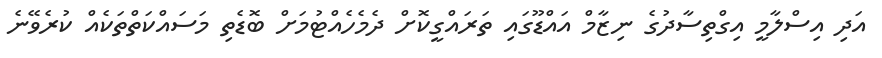
އަދި އިސްލާމީ އިގްތިސާދުގެ ނިޒާމް އައްޑޫގައި ތަރައްގީކޮށް ދެމެހެއްޓުމަށް ބޮޑެތި މަސައްކަތްތަކެއް ކުރެވޭނެ